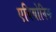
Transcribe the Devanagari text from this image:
एवियोनिक